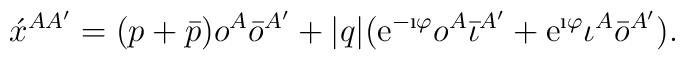
\acute{x}^{AA'}= (p+\bar{p}) o^A\bar{o}^{A'} + |q|(\textrm{e}^{-\i\varphi} o^A\bar{\iota}^{A'} +\textrm{e}^{\i\varphi}\iota^A\bar{o}^{A'}).